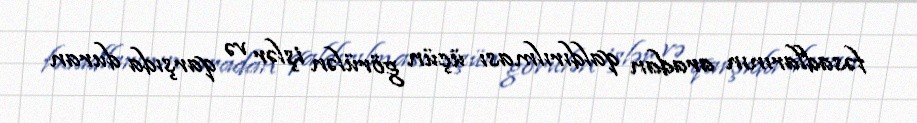
fəsadlarının aradan qaldırılması üçün görülən işlər və qarşıda duran